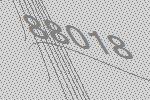
88018